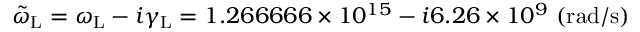
\tilde { \omega } _ { \mathrm { L } } = \omega _ { \mathrm { L } } - i \gamma _ { \mathrm { L } } = 1 . 2 6 6 6 6 6 \times 1 0 ^ { 1 5 } - i 6 . 2 6 \times 1 0 ^ { 9 } ~ ( \mathrm { r a d } / \mathrm { s } )